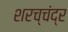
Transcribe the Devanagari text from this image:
शरच्चंंद्र